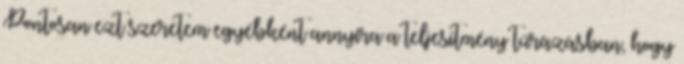
Pontosan ezt szeretem egyébként annyira a teljesítmény túrázásban, hogy